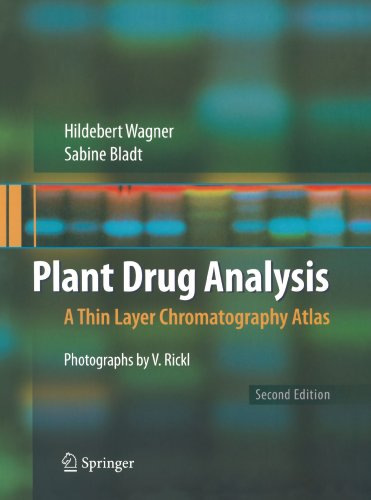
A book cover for Plant Drug Analysis: A Thin Layer Chromatography Atlas; Sabine Bladt; Medical Books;